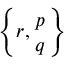
\left\{ r , { p \atop q } \right\}